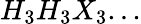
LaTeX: H_{3}H_{3}X_{3}...